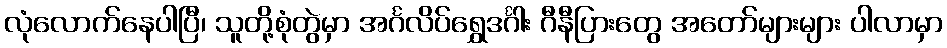
လုံလောက်နေပါပြီ၊ သူတို့စုံတွဲမှာ အင်္ဂလိပ်ရွှေဒင်္ဂါး ဂီနီပြားတွေ အတော်များများ ပါလာမှာ